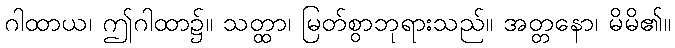
ဂါထာယ၊ ဤဂါထာ၌။ သတ္ထာ၊ မြတ်စွာဘုရားသည်။ အတ္တနော၊ မိမိ၏။